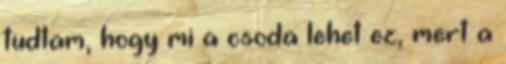
tudtam, hogy mi a csoda lehet ez, mert a